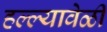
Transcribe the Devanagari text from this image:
हल्ल्यावेळी